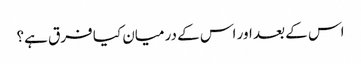
اس کے بعد اور اس کے درمیان کیا فرق ہے؟